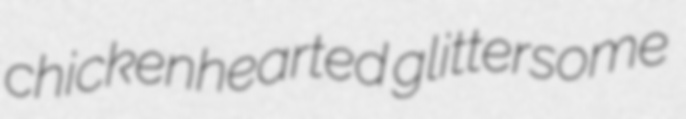
chickenhearted glittersome